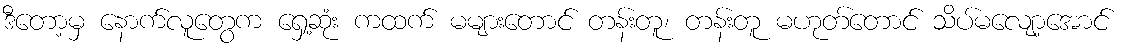
ဒီတော့မှ နောက်လူတွေက ရှေ့ဆုံး ကထက် မများတောင် တန်းတူ၊ တန်းတူ မဟုတ်တောင် သိပ်မလျော့အောင်